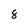
Character: 8